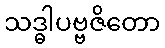
သဒ္ဓါပဗ္ဗဇိတော